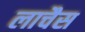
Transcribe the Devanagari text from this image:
लाचैस